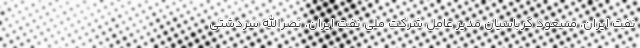
نفت ایران، مسعود کرباسیان مدیر عامل شرکت ملی نفت ایران، نصرالله سردشتی